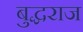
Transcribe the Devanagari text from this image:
बुद्धराज